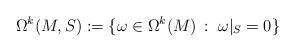
LaTeX: \begin{align*}\Omega^k(M,S):= \{\omega \in \Omega^k(M)\,:\; \omega\vert_S = 0\}\end{align*}